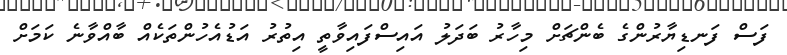
ފަސް ފަނޑިޔާރުންގެ ބެންޗަށް މިހާރު ބަދަލު އައިސްފައިވާތީ އިތުރު އަޑުއެހުންތަކެއް ބާއްވާނެ ކަމަށް